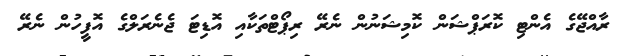
ރާއްޖޭގެ އެންޓި ކޮރަޕްޝަން ކޮމިޝަނުން ނެރޭ ރިޕޯޓްތަކާއި އޮޑިޓަ ޖެނެރަލްގެ އޮފީހުން ނެރޭ